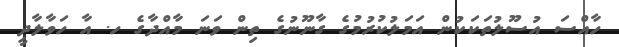
ހާއްސަ އުސޫލުތަކަކުން އަމަލުކުރުމުގެ ގާނޫނުގެ ތިން ވަނަ މާއްދާގެ ހ. އާ ހަވާލާދީ